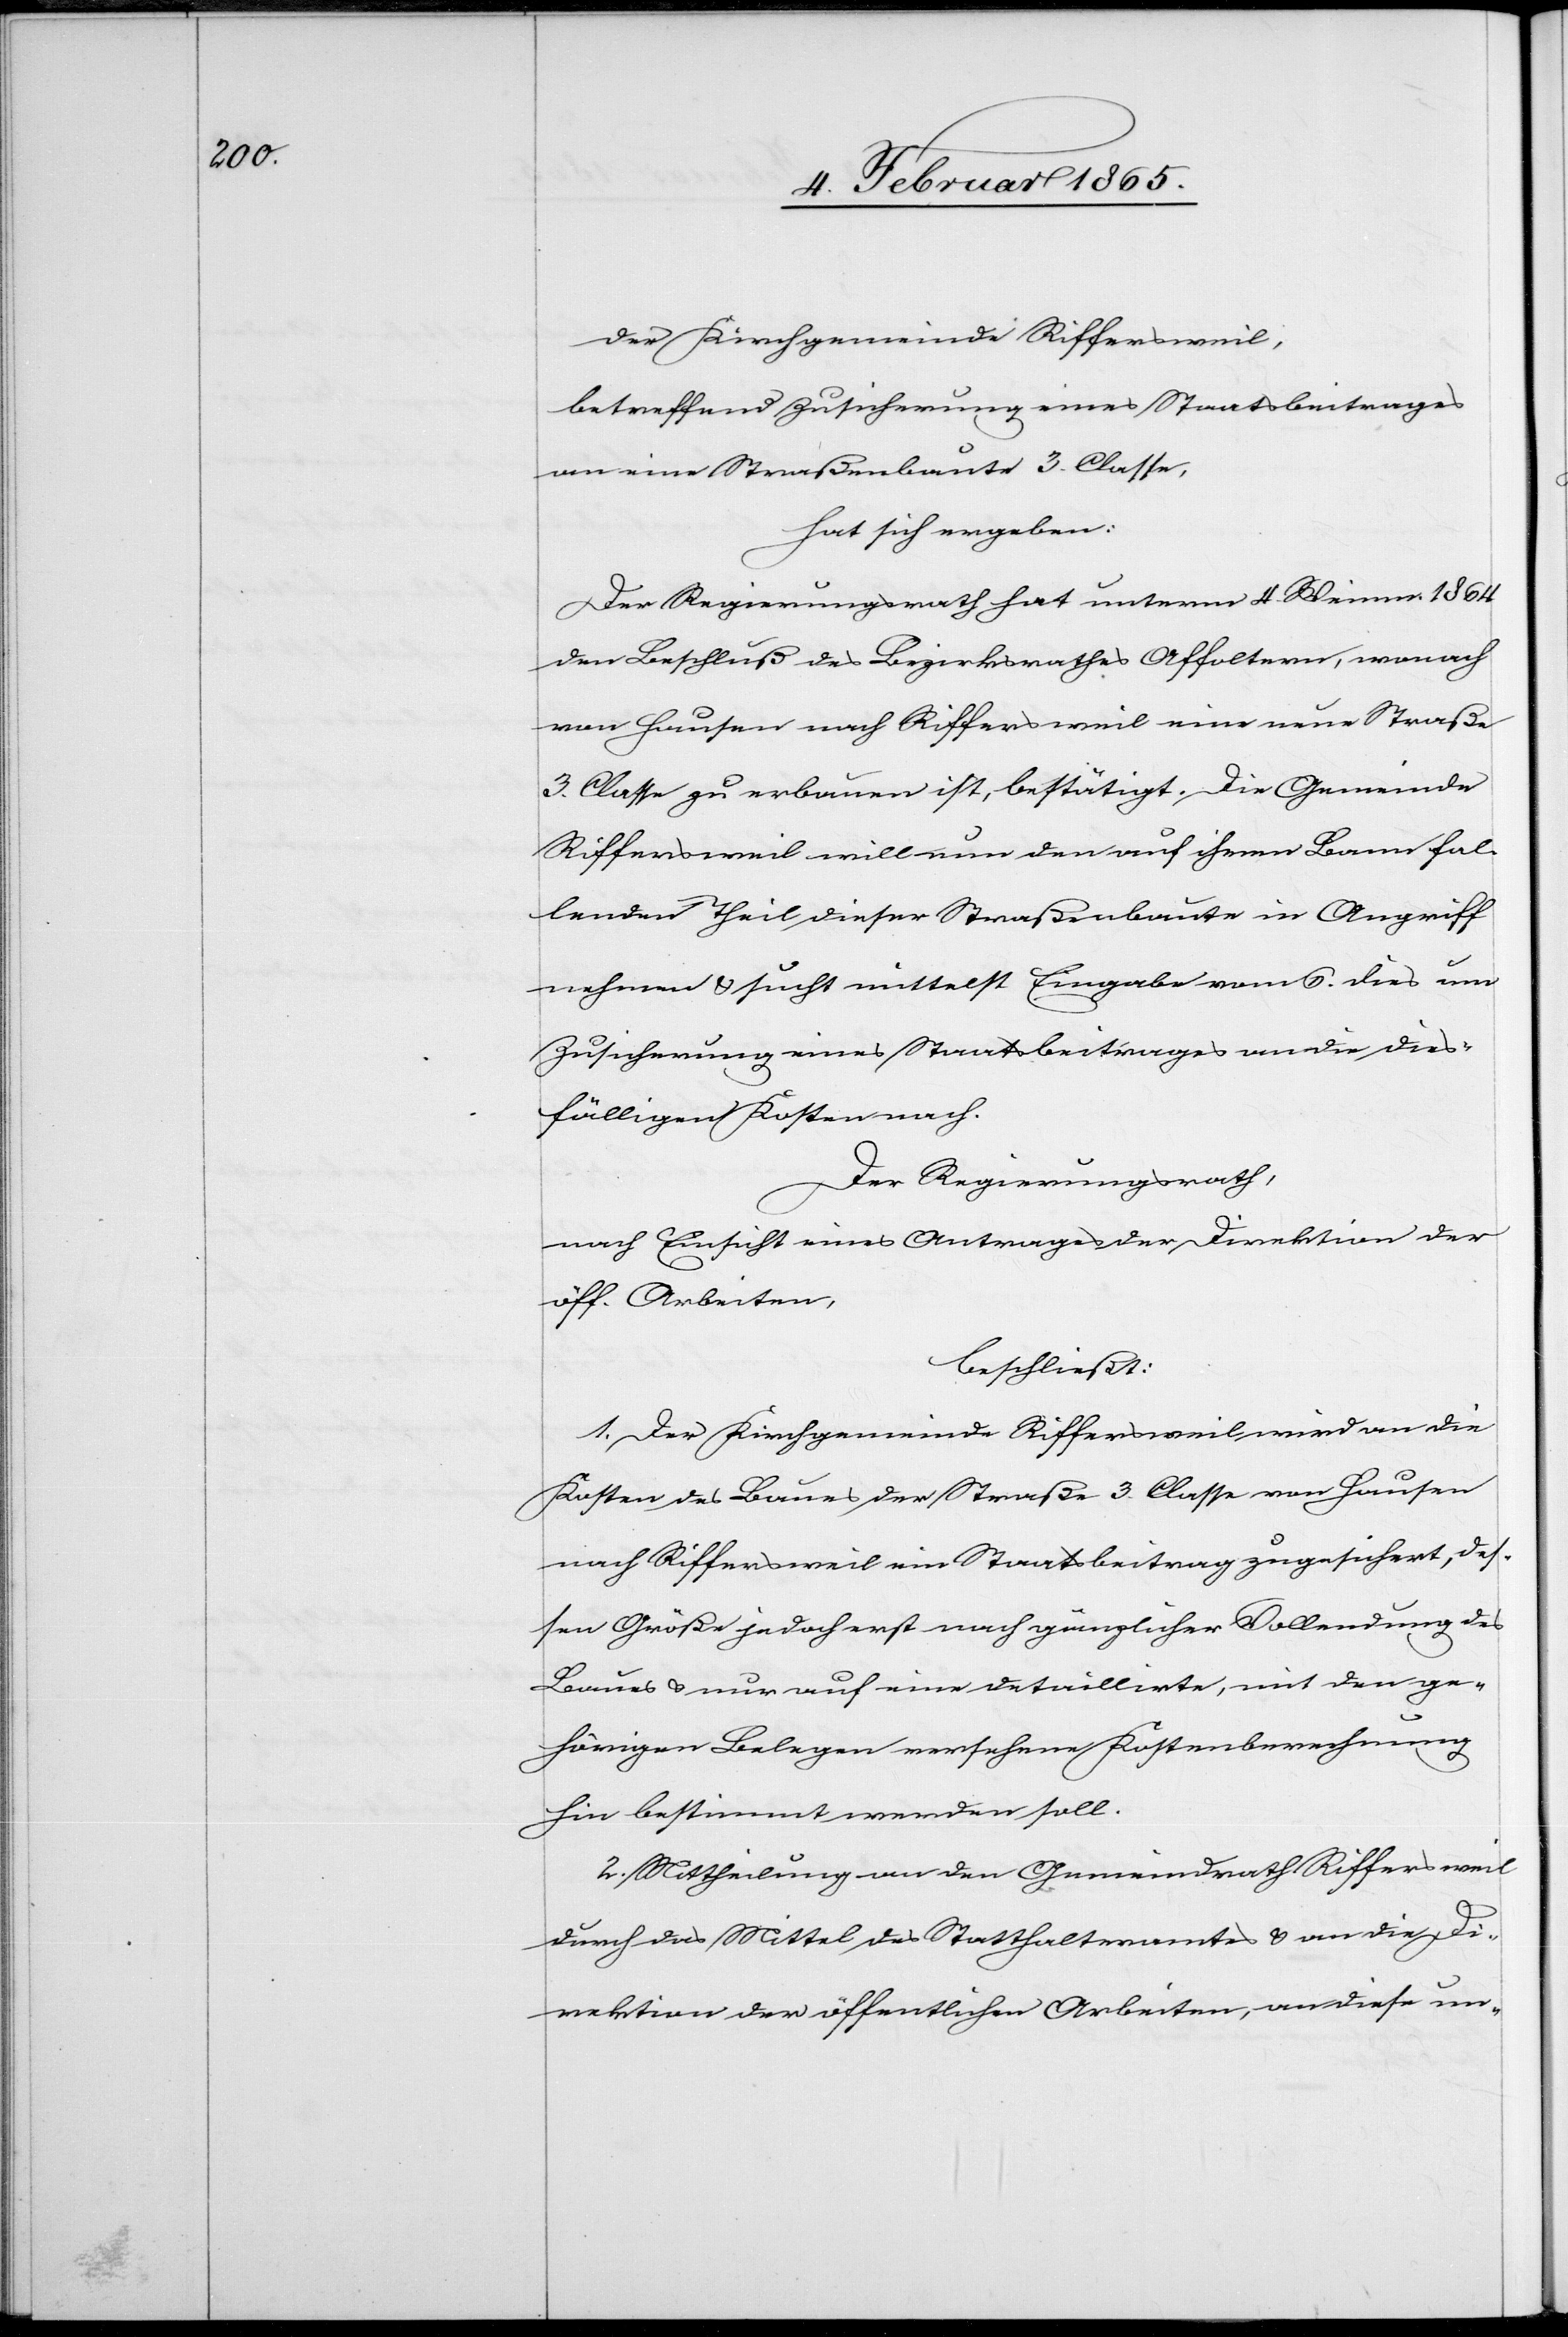
der Kirchgemeinde Riffersweil,
betreffend Zusicherung eines Staatsbeitrages
an eine Straßenbaute 3. Classe,
hat sich ergeben:
Der Regierungsrath hat unterm 4. Weinm. 1864
den Beschluß des Bezirksrathes Affoltern, wonach
von Hausen nach Riffersweil eine neue Straße
3. Classe zu erbauen ist, bestätigt. Die Gemeinde
Riffersweil will nun den auf ihren Bann fal¬
lenden Theil dieser Straßenbaute in Angriff
nehmen u. sucht mittelst Eingabe vom 6. dies um
Zusicherung eines Staatsbeitrages an die dies¬
fälligen Kosten nach.
Der Regierungsrath,
nach Einsicht eines Antrages der Direktion der
öff. Arbeiten,
beschließt:
1. Der Kirchgemeinde Riffersweil wird an die
Kosten des Baues der Straße 3. Classe von Hausen
nach Riffersweil ein Staatsbeitrag zugesichert, des¬
sen Größe jedoch erst nach gänzlicher Vollendung des
Baues u. nur auf eine detaillirte, mit den ge¬
hörigen Belegen versehene Kostenberechnung
hin bestimmt werden soll.
2. Mittheilung an den Gemeindrath Riffersweil
durch das Mittel des Statthalteramtes u. an die Di¬
rektion der öffentlichen Arbeiten, an diese un-